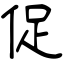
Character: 促